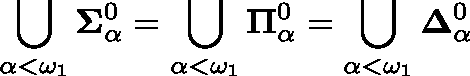
\bigcup _ { \alpha < \omega _ { 1 } } \mathbf { \Sigma } _ { \alpha } ^ { 0 } = \bigcup _ { \alpha < \omega _ { 1 } } \mathbf { \Pi } _ { \alpha } ^ { 0 } = \bigcup _ { \alpha < \omega _ { 1 } } \mathbf { \Delta } _ { \alpha } ^ { 0 }